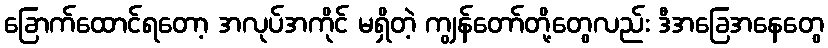
ခြောက်ထောင်ရတော့ အလုပ်အကိုင် မရှိတဲ့ ကျွန်တော်တို့တွေလည်း ဒီအခြေအနေတွေ